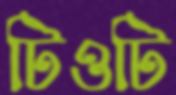
টিওটি